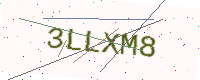
Text: 3LLXM8